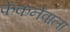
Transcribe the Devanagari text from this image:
फेंकनेवाला